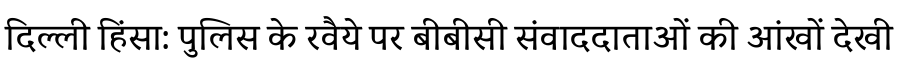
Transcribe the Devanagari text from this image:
दिल्ली हिंसा: पुलिस के रवैये पर बीबीसी संवाददाताओं की आंखों देखी